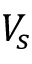
V _ { s }